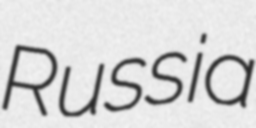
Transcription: Russia